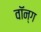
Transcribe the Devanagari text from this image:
वॉन्ग